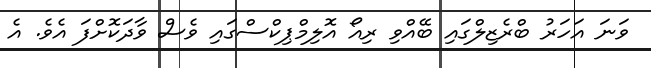
ވަނަ އަހަރު ބްރެޒިލްގައި ބޭއްވި ރިއޯ އޮލިމްޕިކްސްގައި ވެސް ވާދަކޮށްފަ އެވެ. އެ